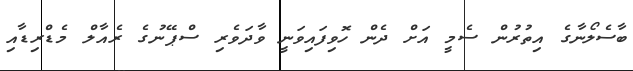
ބާސެލޯނާގެ އިތުރުން ސެމީ އަށް ދެން ހޮވިފައިވަނީ ވާދަވެރި ސްޕޭނުގެ ރެއާލް މެޑްރިޑާއި